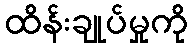
ထိန်းချုပ်မှုကို